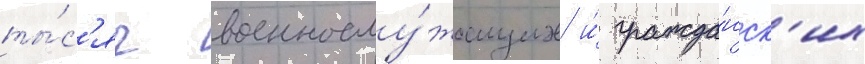
ты́с'яч военнослу́жащих и́ гражда́нск'их